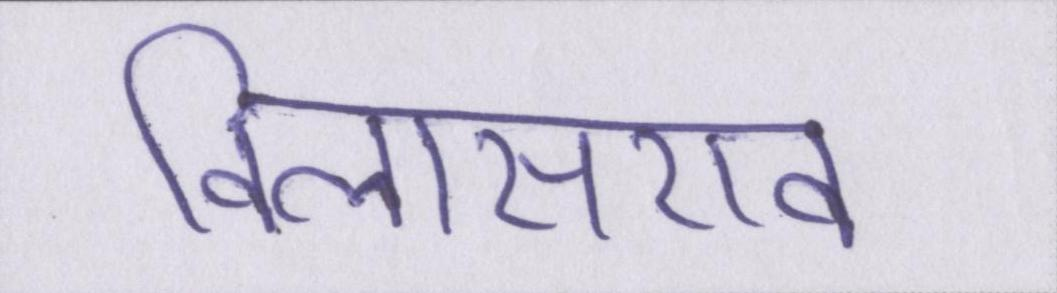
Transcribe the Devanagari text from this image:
विलासराव